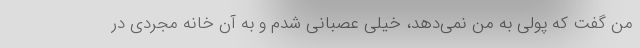
من گفت که پولی به من نمی‌دهد، خیلی عصبانی شدم و به آن خانه مجردی در